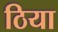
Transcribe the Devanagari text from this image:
ठिया